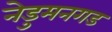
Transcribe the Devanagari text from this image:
नेडुमनगड